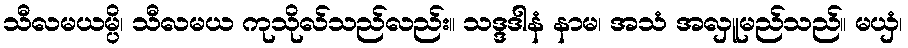
သီလမယမ္ပိ၊ သီလမယ ကုသိုလ်သည်လည်း။ သဒ္ဒဒါနံ နာမ၊ အသံ အလှူမည်သည်။ မယှံ၊